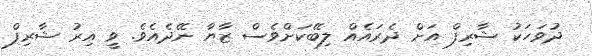
ދުވަހަކު ޝާރިފް އަށް ދެރައެއް ލިބޭކަށްވެސް ޒާޔާ ނޭދެއެވެ. ވީ އިރު ޝާރިފް